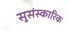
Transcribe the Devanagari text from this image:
सुसंस्कारिक